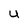
Character: U